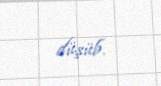
düşüb.